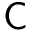
\mathsf C